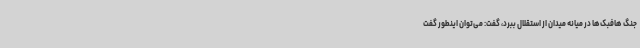
جنگ هافبک‌ها در میانه میدان از استقلال ببرد، گفت: می‌توان اینطور گفت